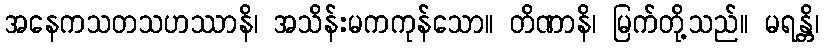
အနေကသတသဟဿာနိ၊ အသိန်းမကကုန်သော။ တိဏာနိ၊ မြက်တို့သည်။ မရန္တိ၊